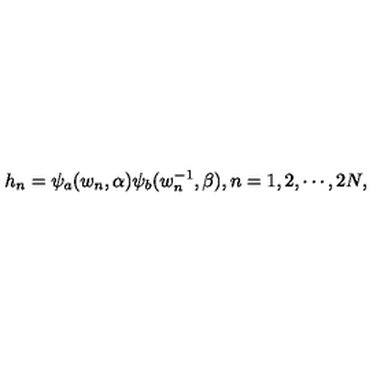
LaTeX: h _ { n } = \psi _ { a } ( w _ { n } , \alpha ) \psi _ { b } ( w _ { n } ^ { - 1 } , \beta ) , n = 1 , 2 , \cdots , 2 N ,